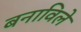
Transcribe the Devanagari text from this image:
बनाविले